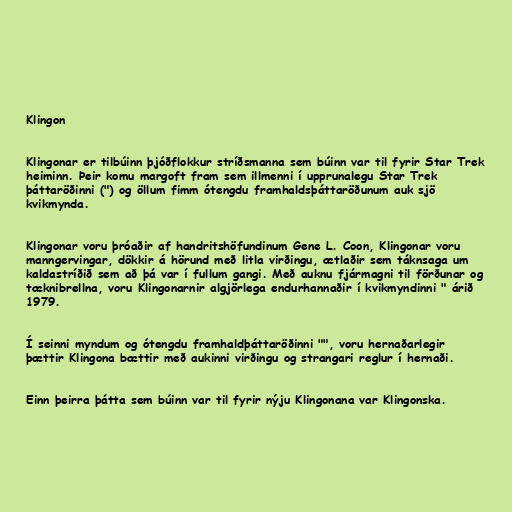
Klingon

Klingonar er tilbúinn þjóðflokkur stríðsmanna sem búinn var til fyrir Star Trek
heiminn. Þeir komu margoft fram sem illmenni í upprunalegu Star Trek
þáttaröðinni (") og öllum fimm ótengdu framhaldsþáttaröðunum auk sjö
kvikmynda.

Klingonar voru þróaðir af handritshöfundinum Gene L. Coon, Klingonar voru
manngervingar, dökkir á hörund með litla virðingu, ætlaðir sem táknsaga um
kaldastríðið sem að þá var í fullum gangi. Með auknu fjármagni til förðunar og
tæknibrellna, voru Klingonarnir algjörlega endurhannaðir í kvikmyndinni " árið
1979.

Í seinni myndum og ótengdu framhaldþáttaröðinni "", voru hernaðarlegir
þættir Klingona bættir með aukinni virðingu og strangari reglur í hernaði.

Einn þeirra þátta sem búinn var til fyrir nýju Klingonana var Klingonska.